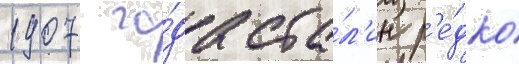
1907 го́да ста́л'ин р'е́дко